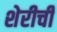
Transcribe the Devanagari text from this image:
शेरीची